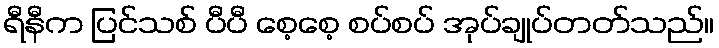
ရီနီက ပြင်သစ် ပီပီ စေ့စေ့ စပ်စပ် အုပ်ချုပ်တတ်သည်။